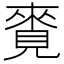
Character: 𧡛